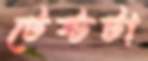
টেস্টটা